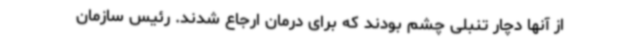
از آنها دچار تنبلی چشم بودند که برای درمان ارجاع شدند. رئیس سازمان